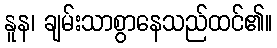
နူန၊ ချမ်းသာစွာနေသည်ထင်၏။